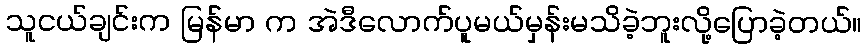
သူငယ်ချင်းက မြန်မာ က အဲဒီလောက်ပူမယ်မှန်းမသိခဲ့ဘူးလို့ပြောခဲ့တယ်။